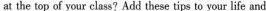
at the top of your class?Add these tips to your life and